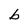
Character: b